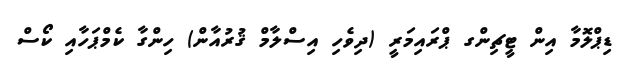
ޑިޕްލޮމާ އިން ޓީޗިންގ ޕްރައިމަރީ (ދިވެހި އިސްލާމް ޤުރުއާން) ހިންގާ ކެމްޕަހާއި ކޯސް